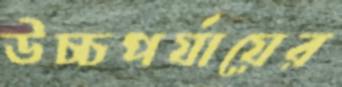
উচ্চপর্যায়ের